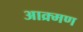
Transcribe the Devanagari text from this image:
आक्र्मण